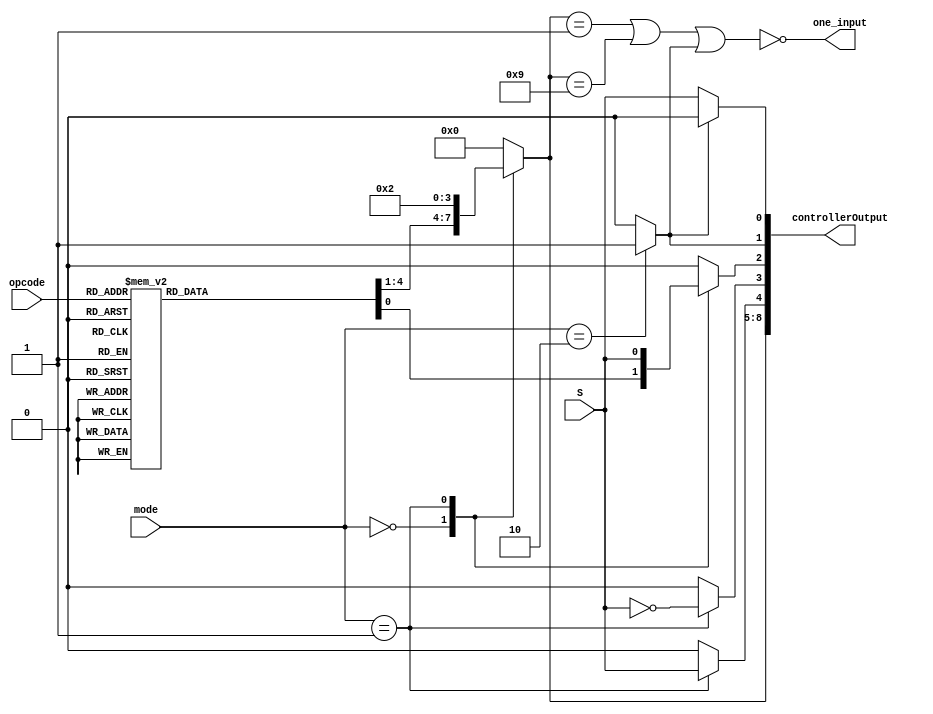
`timescale 1ns/1ns
module Control_Unit(
  S,
  mode,
  opcode,
  one_input,
  controllerOutput
);
  input S;
  input [1 : 0] mode;
  input [3 : 0] opcode;
  output one_input;
  output [8 : 0] controllerOutput;

  parameter [1 : 0]
      COMPUTE=2'b00, MEMORY=2'b01, BRANCH=2'b10;
  parameter [3 : 0] 
      MOV=4'b1101, 
      MVN=4'b1111, 
      ADD=4'b0100, 
      ADC=4'b0101, 
      SUB=4'b0010, 
      SBC=4'b0110, 
      AND=4'b0000, 
      ORR=4'b1100, 
      EOR=4'b0001, 
      CMP=4'b1010, 
      TST=4'b1000, 
      LDR_STR=4'b0100;

  reg WB_enable, branch_enable, mem_read, mem_write;
  reg [3 : 0] alu_exe_cmd; //ALU execute command
  
  always @(*) begin
    {alu_exe_cmd, WB_enable, branch_enable, mem_read, mem_write} = 0;
    case(mode)
      COMPUTE: 
      begin
        case(opcode)
        MOV: 
        begin
          WB_enable = 1;
          alu_exe_cmd = 4'b0001;
        end
        MVN: 
        begin
          WB_enable = 1;
          alu_exe_cmd = 4'b1001;
        end
        ADD: 
        begin
          WB_enable = 1;
          alu_exe_cmd = 4'b0010;
        end
        ADC: 
        begin
          WB_enable = 1;
          alu_exe_cmd = 4'b0011;
        end
        SUB: 
        begin
          WB_enable = 1;
          alu_exe_cmd = 4'b0100;
        end
        SBC: 
        begin
          WB_enable = 1;
          alu_exe_cmd = 4'b0101;
        end
        AND: 
        begin
          WB_enable = 1;
          alu_exe_cmd = 4'b0110;
        end
        ORR: 
        begin
          WB_enable = 1;
          alu_exe_cmd = 4'b0111;
        end
        EOR: 
        begin
          WB_enable = 1;
          alu_exe_cmd = 4'b1000;
        end
        CMP:
          alu_exe_cmd = 4'b0100;
        TST:
          alu_exe_cmd = 4'b0110;
        endcase
      end

      MEMORY: 
      begin
        alu_exe_cmd = 4'b0010;
        mem_read = S; //LDR
        WB_enable = S; //LDR
        mem_write = ~S; //STR
      end

      BRANCH: branch_enable = 1'b1;

    endcase
  end

  assign status_out = branch_enable ? 1'b0 : S;
  assign controllerOutput = {alu_exe_cmd, mem_read, mem_write, WB_enable, branch_enable, status_out};
  assign one_input = ~((alu_exe_cmd == 4'b0001) || (alu_exe_cmd == 4'b1001) || branch_enable);
  
endmodule